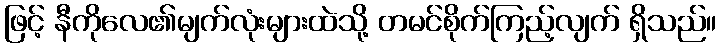
ဖြင့် နီကိုလေ၏မျက်လုံးများထဲသို့ တမင်စိုက်ကြည့်လျက် ရှိသည်။